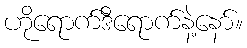
ဟိုရောက်ဒီရောက်နဲ့နော်။